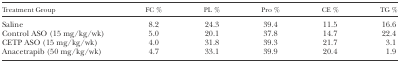
| Treatment Group | FC % | PL % | Pro % | CE % | TG % |
 | --- | --- | --- | --- | --- | --- |
 | Saline | 8.2 | 24.3 | 39.4 | 11.5 | 16.6 |
 | Control ASO (15 mg/kg/wk) | 5.0 | 20.1 | 37.8 | 14.7 | 22.4 |
 | CETP ASO (15 mg/kg/wk) | 4.0 | 31.8 | 39.3 | 21.7 | 3.1 |
 | Anacetrapib (50 mg/kg/wk) | 4.7 | 33.1 | 39.9 | 20.4 | 1.9 |